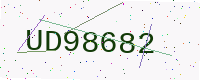
Text: UD98682